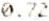
0.72